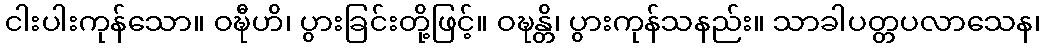
ငါးပါးကုန်သော။ ဝဍ္ဎီဟိ၊ ပွားခြင်းတို့ဖြင့်။ ဝဍ္ဎန္တိ၊ ပွားကုန်သနည်း။ သာခါပတ္တပလာသေန၊